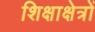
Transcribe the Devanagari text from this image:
शिक्षाक्षेत्रों